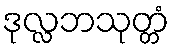
ဒုလ္လဘသုတ္တံ